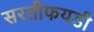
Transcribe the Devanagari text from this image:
सरतीफयडी